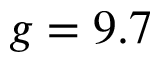
g = 9 . 7